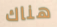
هناك